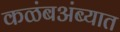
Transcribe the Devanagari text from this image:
कळंबअंब्यात